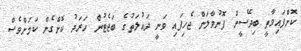
ކޮށްފައިވާތީ ބިދޭސީން ފޮނުވާލަން ޖެހިފައި ވަނީ ދައުލަތުގެ ބަޖެޓުން ހަރަދު ކޮށްގެން ކަމަށްވެސް